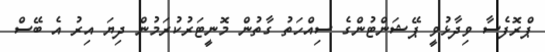
ޕްރޮފެސާ ވިދާޅުވީ ޕޭޝަންޓުންގެ ސިއްހަތު ގާތުން މޮނީޓަރުކުރަމުން ދިޔަ އިރު އެ ބޭސް